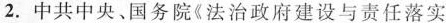
2.中共中央、国务院《法治政府建设与责任落实